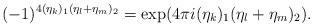
LaTeX: \begin{align*}(-1)^{4 (\eta_k)_1 (\eta_l+\eta_m)_2} = \exp(4 \pi i (\eta_k)_1 (\eta_l+\eta_m)_2).\end{align*}